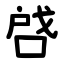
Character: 啔